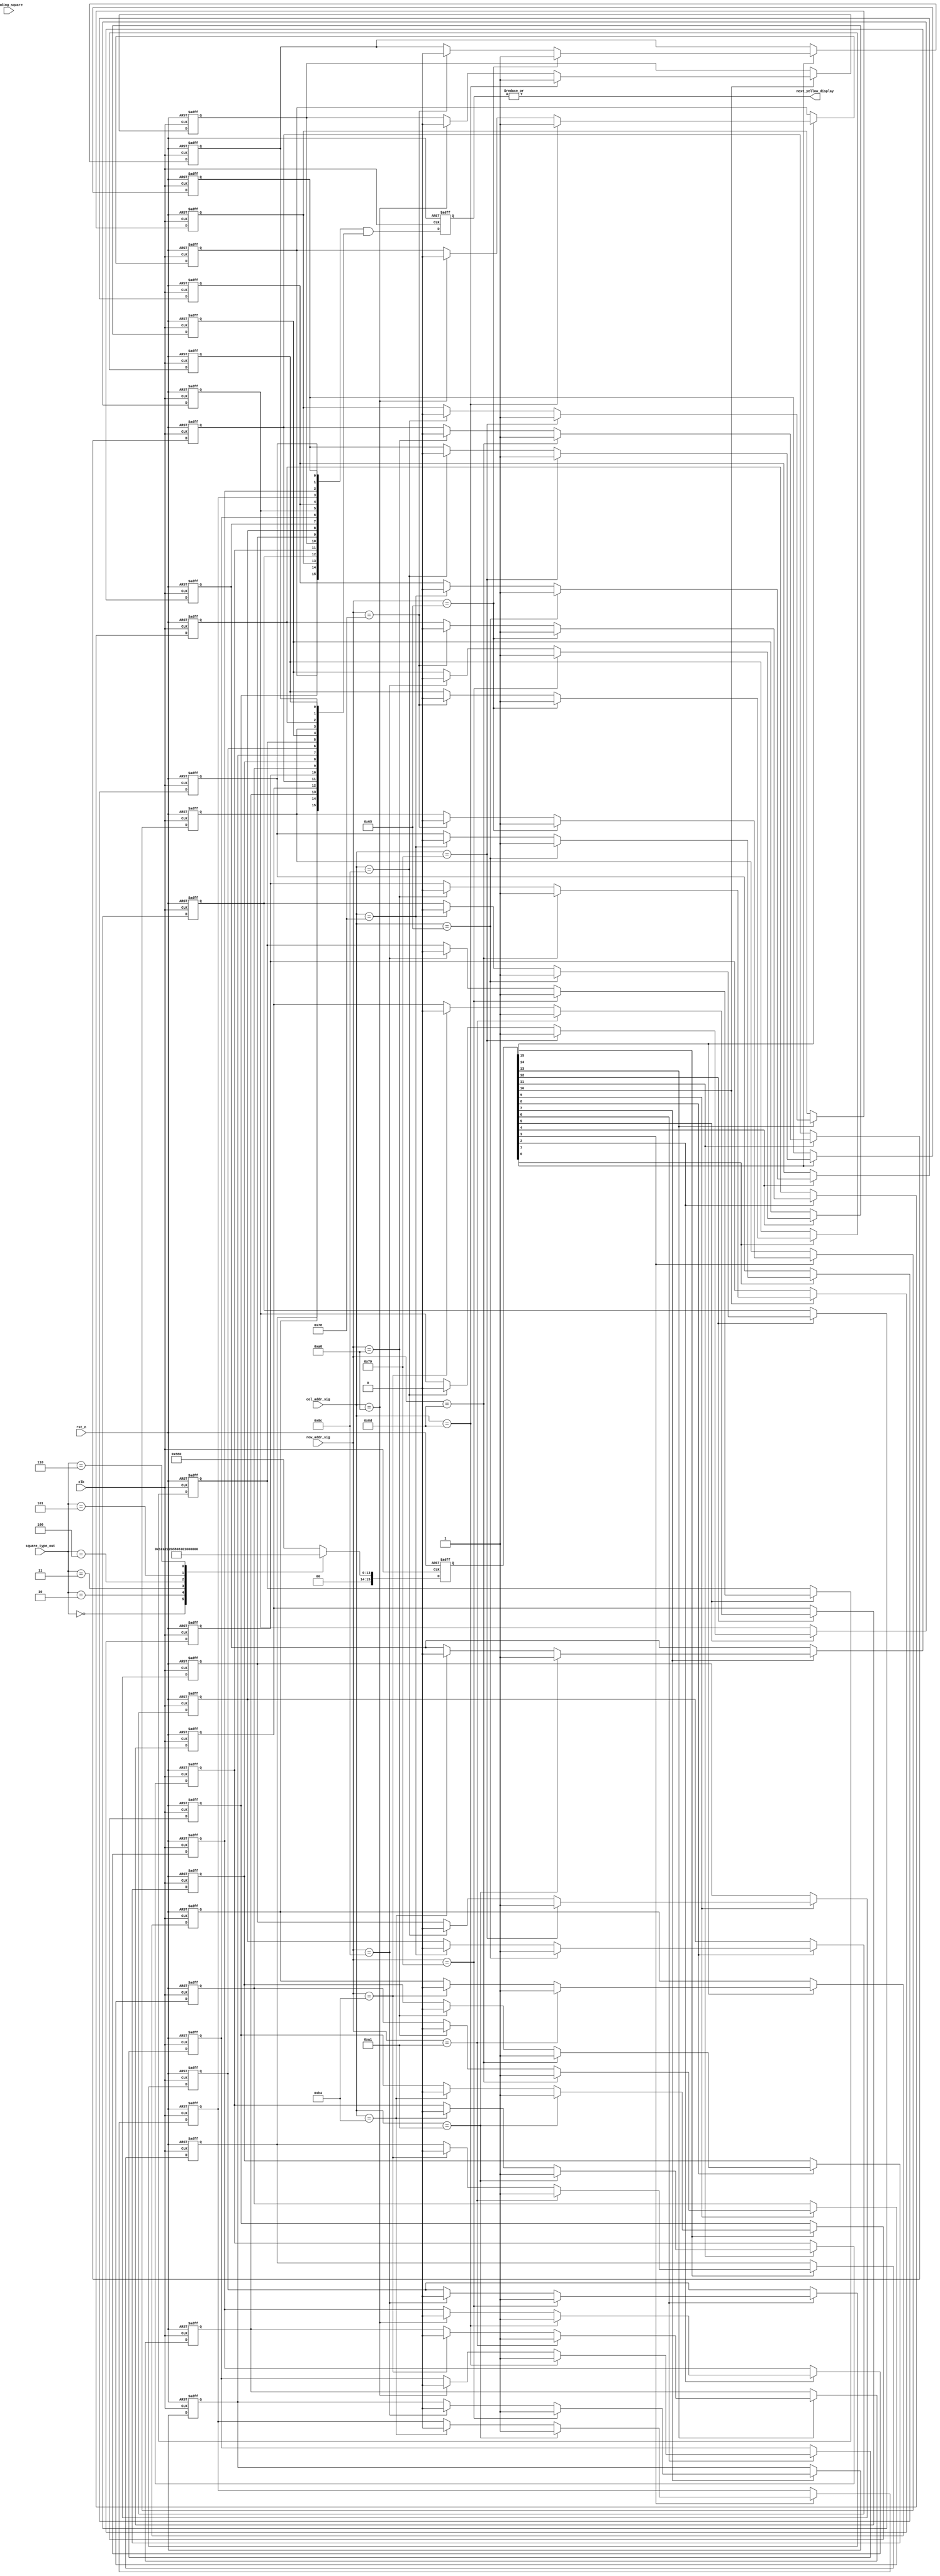
`timescale 1ns / 1ps
//////////////////////////////////////////////////////////////////////////////////
// Company: 
// Engineer: 
// 
// Design Name: 
// Module Name:    display_next_square 
// Project Name: 
// Target Devices: 
// Tool versions: 
// Description: 
//
// Dependencies: 
//
// Revision: 
// Revision 0.01 - File Created
// Additional Comments: 
//
//////////////////////////////////////////////////////////////////////////////////
module display_next_square
 (clk, rst_n, col_addr_sig, row_addr_sig, loading_square, next_yellow_display,square_type_out
 );
 input clk;
 input rst_n;
 input[10:0] col_addr_sig;
 input[10:0] row_addr_sig;
 input loading_square;
 input[2:0] square_type_out;
 output next_yellow_display;
 
 /**************************************************/
 
 wire[2:0] square_type;
 
assign square_type=square_type_out;
 /**************************************************/
   
 reg[15:0] enable_display_r;
 
 always @ ( posedge clk or negedge rst_n )
   begin
     if( !rst_n )
        enable_display_r <= 16'b0000_0111_0010_0000;
     else  
        begin
          case(square_type)
            3'b000: enable_display_r <= 16'b0000_0000_0111_0010;
            3'b001: enable_display_r <= 16'b0000_0110_0110_0000;
            3'b010: enable_display_r <= 16'b0010_0010_0010_0010; 
            3'b011: enable_display_r <= 16'b0000_0011_0110_0000;
            3'b100: enable_display_r <= 16'b0000_0110_0011_0000;
            3'b101: enable_display_r <= 16'b0000_0011_0010_0010;
            3'b110: enable_display_r <= 16'b0000_0011_0001_0001;
            default: enable_display_r <= 16'b0000_0110_0110_0000;
          endcase 
        end
   end
   
 /**************************************************/
 
 reg[15:0] enable_next_display_h;
 
 generate
   genvar i1,j1;
	  for(i1=0;i1<4;i1=i1+1)
	  begin:fwgwgwr
	     for(j1=0;j1<4;j1=j1+1)
		   begin:fewrgnfq
			  always @ ( posedge clk or negedge rst_n )
            begin
                   if( !rst_n )
                     enable_next_display_h[i1*4+j1] <= 1'b0;
                   else if( enable_display_r[i1*4+j1] == 1'b1 )
                      begin 
                        if( col_addr_sig == 11'd101+j1*20 )  
                             enable_next_display_h[i1*4+j1] <= 1'b1; 
                        else if( col_addr_sig == 11'd120+j1*20  )
                             enable_next_display_h[i1*4+j1] <= 1'b0; 
                        else 
                           enable_next_display_h[i1*4+j1] <= enable_next_display_h[i1*4+j1];
                      end
                   else 
                     enable_next_display_h[i1*4+j1] <= enable_next_display_h[i1*4+j1]; 
            end                       
			end	  
	  end
 endgenerate 
 
  reg[15:0] enable_next_display_v;
 generate
   genvar i2,j2;
	  for(i2=0;i2<4;i2=i2+1)
	  begin:gwhghw
	     for(j2=0;j2<4;j2=j2+1)
		   begin:whrwge
			  always @ ( posedge clk or negedge rst_n )
            begin
                   if( !rst_n )
                     enable_next_display_v[i2*4+j2] <= 1'b0;
                   else if( enable_display_r[i2*4+j2] == 1'b1 )
                      begin 
                        if( row_addr_sig == 11'd101+i2*20 )  
                             enable_next_display_v[i2*4+j2] <= 1'b1; 
                        else if( row_addr_sig == 11'd120+i2*20  )
                             enable_next_display_v[i2*4+j2] <= 1'b0; 
                        else 
                           enable_next_display_v[i2*4+j2] <= enable_next_display_v[i2*4+j2];
                      end
                   else 
                     enable_next_display_v[i2*4+j2] <= enable_next_display_v[i2*4+j2]; 
            end                       
			end	  
	  end
 endgenerate 
 

 /**************************************************/
 
 /**************************************************/
 
 reg[15:0] enable_next_display_r;
 
 always @ ( posedge clk or negedge rst_n )
   begin 
     if( !rst_n )
        enable_next_display_r <= 16'd0;
     else 
        enable_next_display_r <= enable_next_display_h & enable_next_display_v;
   end
   
 /**************************************************/
 
 assign next_yellow_display = | enable_next_display_r;   
 
 /**************************************************/    
                
 endmodule